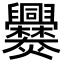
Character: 爨